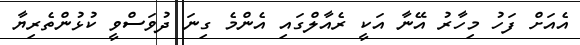
އެއަށް ފަހު މިހާރު އޭނާ އަކީ ރެއާލްގައި އެންމެ ގިނަ ދުވަސްވީ ކުޅުންތެރިޔާ